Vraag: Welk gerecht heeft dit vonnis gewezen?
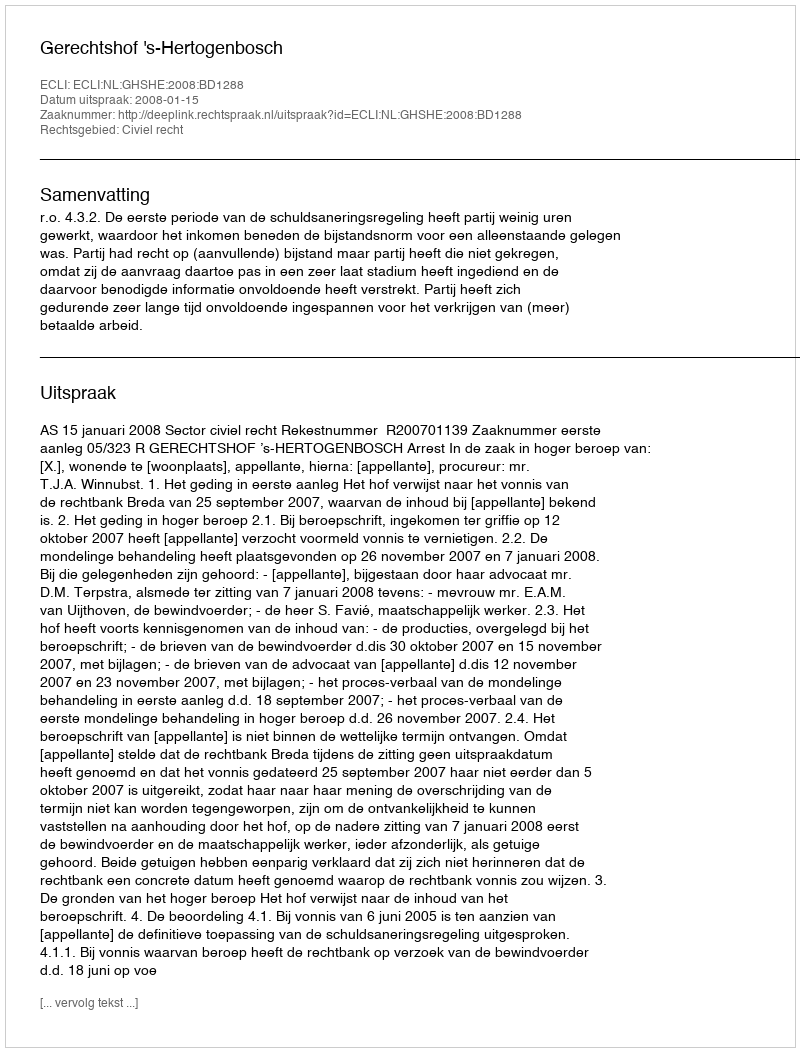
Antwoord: Gerechtshof 's-Hertogenbosch